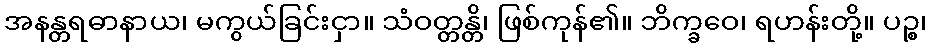
အနန္တရဓာနာယ၊ မကွယ်ခြင်းငှာ။ သံဝတ္တန္တိ၊ ဖြစ်ကုန်၏။ ဘိက္ခဝေ၊ ရဟန်းတို့။ ပဉ္စ၊